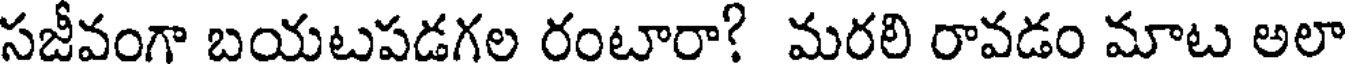
సజీవంగా బయటపడగల రంటారా? మరలి రావడం మాట అలా